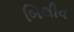
બિલીવ